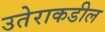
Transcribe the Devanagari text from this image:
उतेराकडील